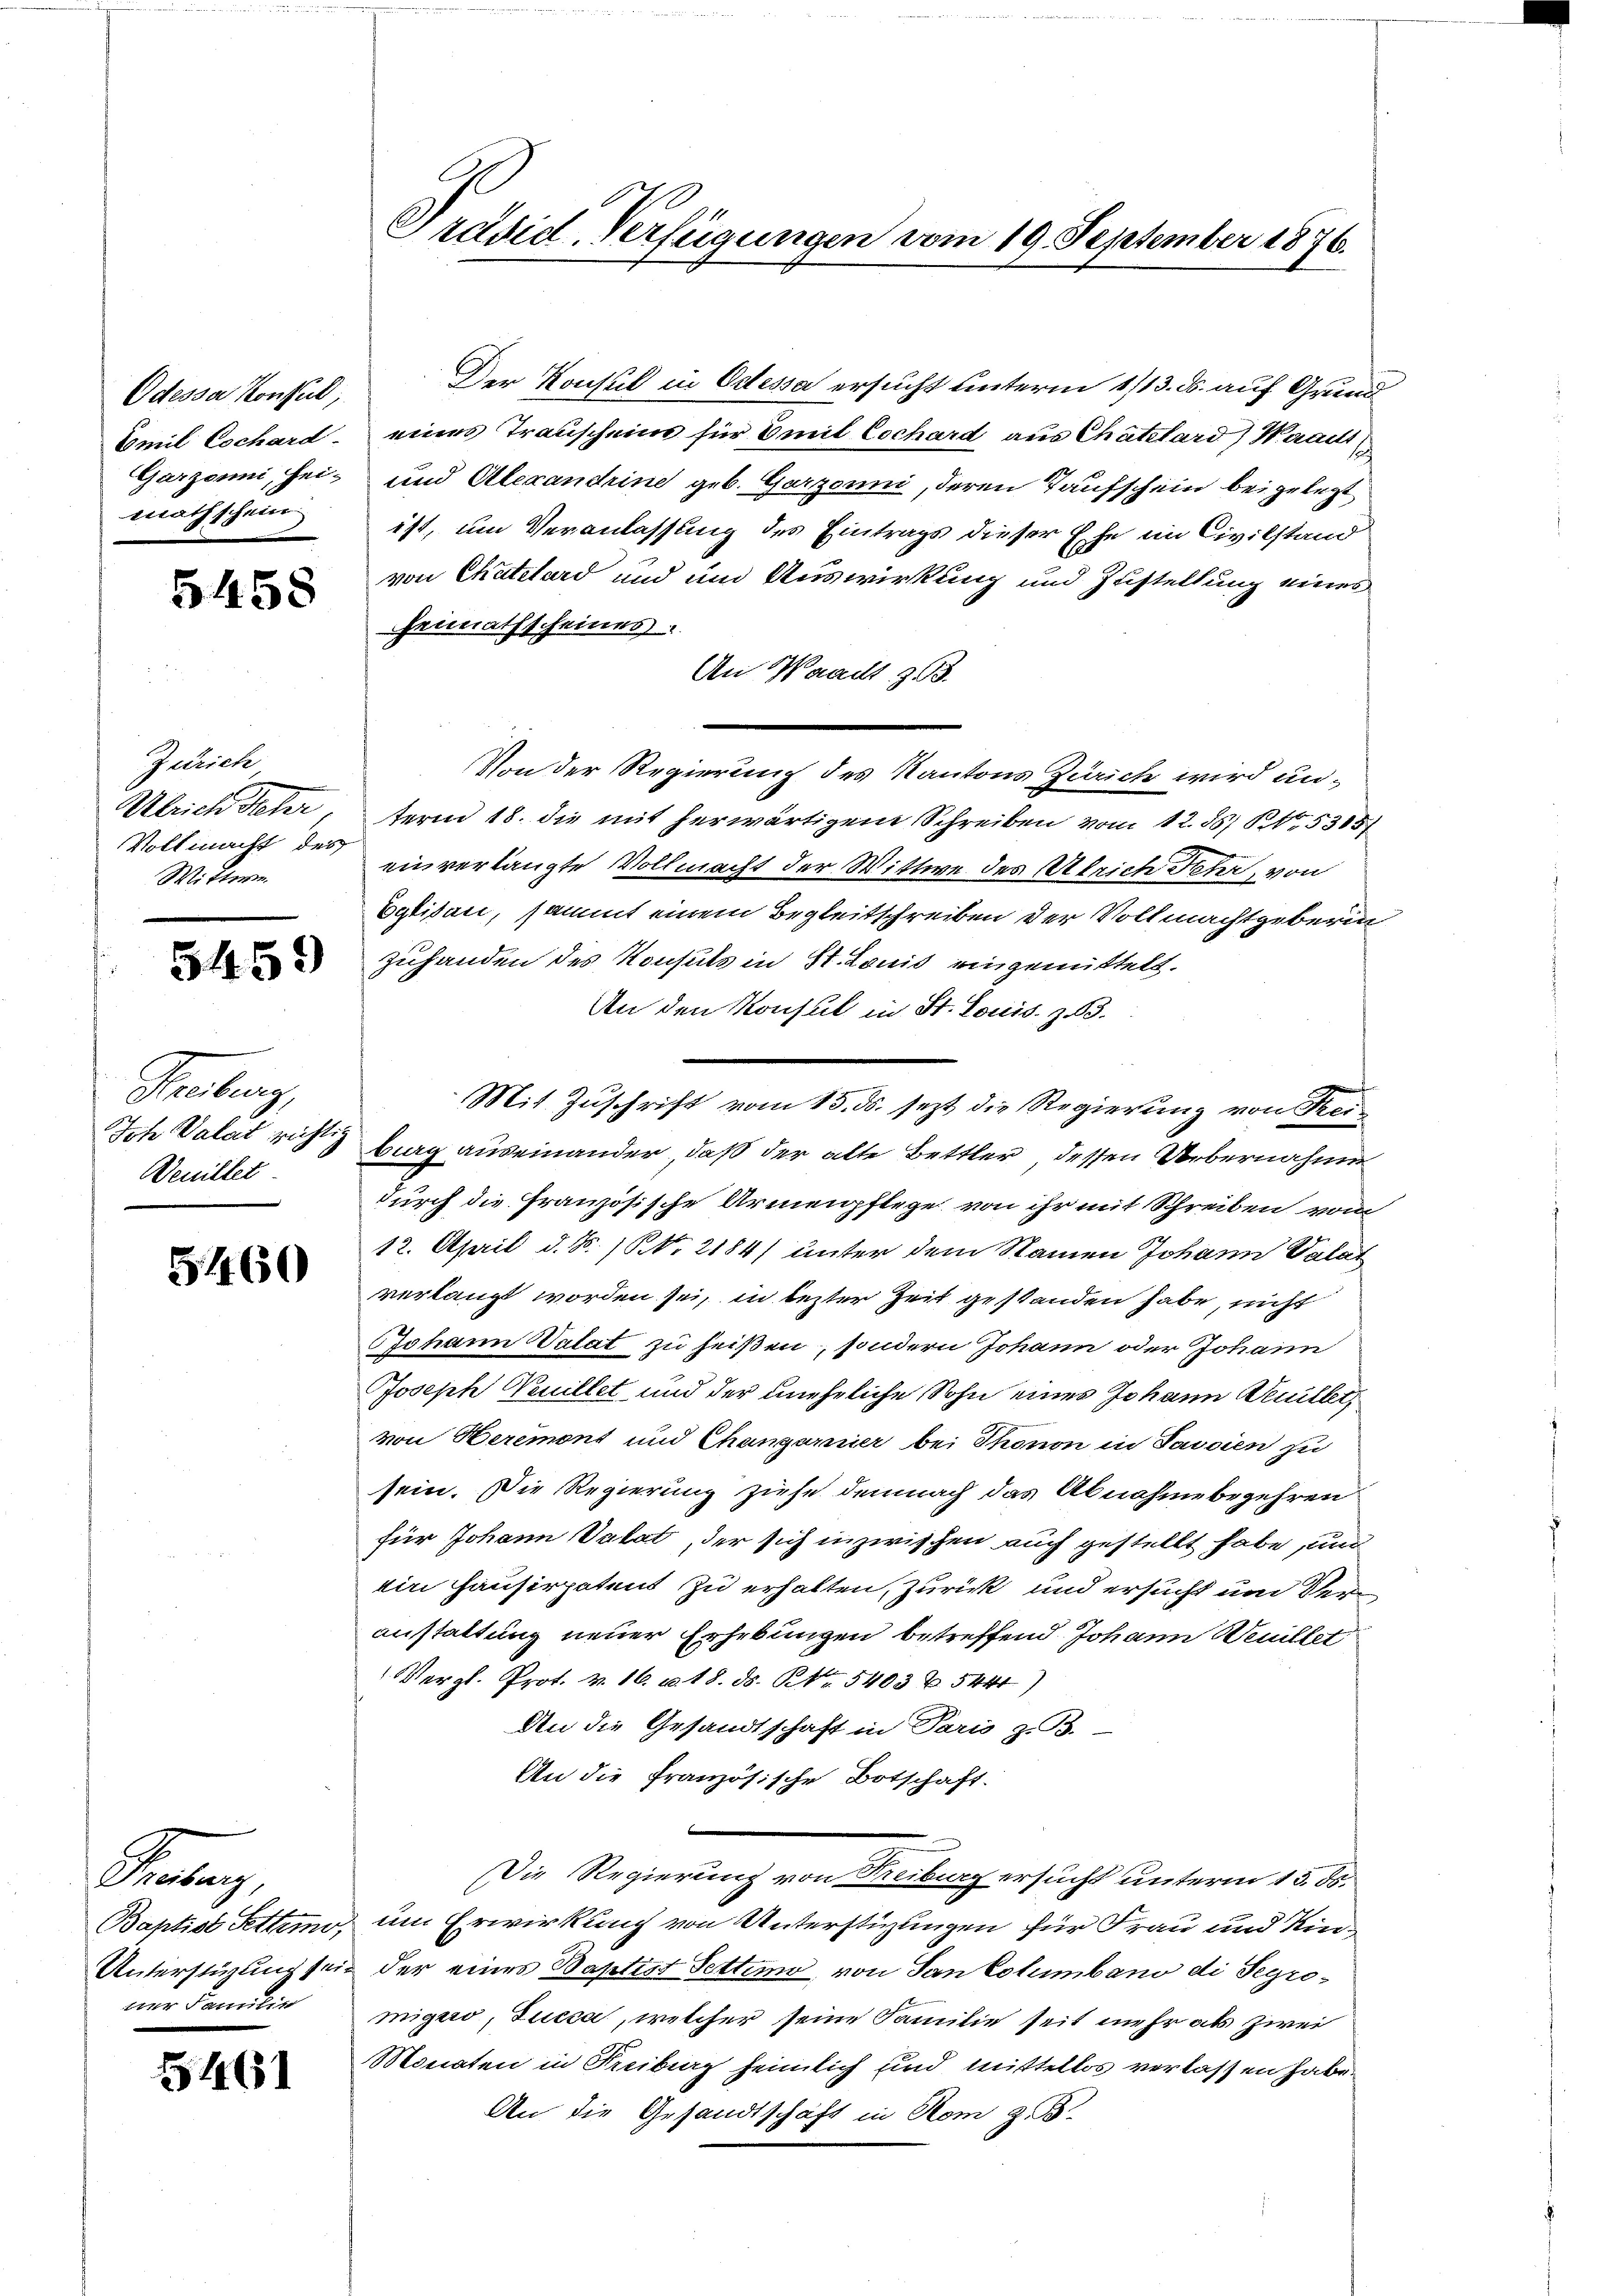
Odessa Konsul,
Emil Eschard.
Garzonni, Hei-
mathschein

5458

Zürich
Ulrich Peter
Vollmacht des
Wittwe.

5459)

Freiberg,
Deuillet

5460

Prae
Unterstüzung seiner Familie

5461

Präsid. Verfügungen vom 19. September 1876.

Der Konsul in Odessa ersucht unterm 1/13. ds. auf Grund
eines Trauscheins für mit Cochard aus Chatelard) Waraus
und Alexandrine geb. Garzonni, deren Taufschein beigelegt
ist, um Veranlassung des Eintrags dieser Ehe im Civilstand
von Chatelard und und Auswirkung und Zustellung eines
Heimathscheines
An Waadt z. B.
Von der Regierung des Kantons Zürich wird unterm 18. die mit herwärtigem Schreiben vom 12. 55) S. 5305
einverlangte Vollmacht der Wittwe des Ulrich Fehr, von
Eglisati, sammt einem Begleitschreiben der Vollmachtgeberin
zuhanden des Konsuls in St. Louis eingemittelt.
An den Konsul in St. Louis. Z. 63.
Mit Zuschrift vom 15. ds. jezt die Regierung von Frei¬
Ich Valat richte Burg auseinander, daß der alte Bettler, dessen Uebernahme
durch die Französische Armenpflege von ihr mit Schreiben vom
12. April d. Js. 1. No 2184) unter dem Namen Johann Valat
verlangt worden sei, in lezter Zeit gestanden habe, nicht
Johann Vatat zu heißen, sondern Johann oder Johann
Joseph Neuillet und der uneheliche Sohn eines Johann Neuillet,
von Heremons und Changarnier bei Thonon in Javsien zu
sein. Die Regierung ziehe demnach das Abnahmebegehren
für Johann Valat, der sich inzwischen auch gestellt habe, und
ein Hausirpatent zu erhalten, zurück und ersucht und Veranstattung neuer Erhebungen betreffend Johann Weuillet
Vergl. Prot. v. 16. u. 18. ds. No. 5403 x 5441)
An die Gesandtschaft in Paris z. B.
An die Französische Botschaft.
Die Regierung von Freiburg ersucht unterm 15. ds.
Baptist Fettung, um Erwirkung von Unterstüzungen für Frau und Kin¬
 der eines Baptist Settimo, von San Columbano di Segromigno, Lucca, welcher seine Familie seit mehr als zwei
Monaten in Freiberg heimlich und mittellos verlassen habe.
An die Gesandtschäft in Rom z. B.

e